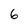
Character: 6